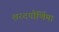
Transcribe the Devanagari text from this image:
शरदपौर्णिमा